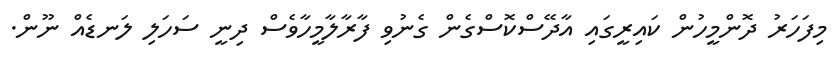
މިފަހަރު ދޮންމީހުން ކައިރީގައި އާދޭސްކޮސްގެން ގެނުވި ފާރާލާމީހާވެސް ދިނީ ސަހަލި ލަނޑެއް ނޫން.